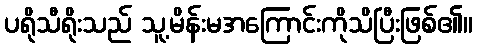
ပရိုသီရိုးသည် သူ့မိန်းမအကြောင်းကိုသိပြီးဖြစ်၏။